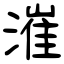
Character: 漼